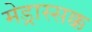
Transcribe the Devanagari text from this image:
मेड्रास्सक्क